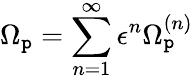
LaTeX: \Omega_{\mathtt{p}}=\sum_{n=1}^{\infty}\epsilon^{n}\Omega_{\mathtt{p}}^{(n)}